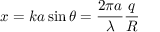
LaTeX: x = k a \sin \theta = { \frac { 2 \pi a } { \lambda } } { \frac { q } { R } }